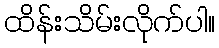
ထိန်းသိမ်းလိုက်ပါ။